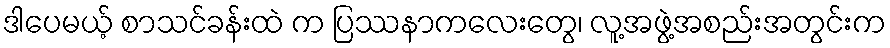
ဒါပေမယ့် စာသင်ခန်းထဲ က ပြဿနာကလေးတွေ၊ လူ့အဖွဲ့အစည်းအတွင်းက